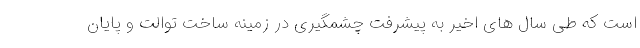
است که طی سال های اخیر به پیشرفت چشمگیری در زمینه ساخت توالت و پایان